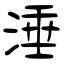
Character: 涶